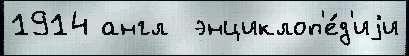
1914 англ  энциклоп'е́д'иjи